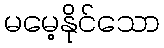
မမေ့နိုင်သော